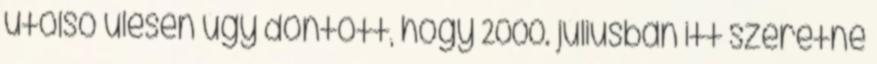
utolsó ülésén úgy döntött, hogy 2000. júliusban itt szeretné